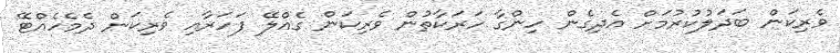
ވެރިކަން ބަދަލުކުރުމަށް އެދިގެން ހިންގާ ހަރަކާތުން ވެރިކަން ގެއްލޭ ފަހަރާއި ވެރިކަން ދެމެހެއްޓޭ